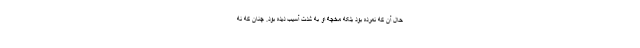
حال آن که نمرده بود بلکه مخچۀ او به شدت آسیب دیده بود. چنان که نه